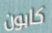
كابون